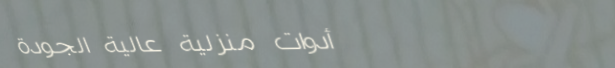
أدوات منزلية عالية الجودة